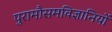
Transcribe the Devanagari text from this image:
पुरामौसमविज्ञानियों